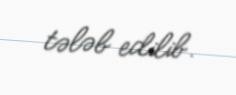
tələb edilib.